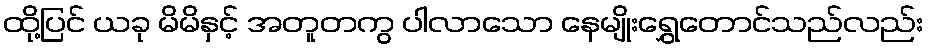
ထို့ပြင် ယခု မိမိနှင့် အတူတကွ ပါလာသော နေမျိုးရွှေတောင်သည်လည်း